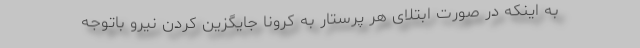
به اینکه در صورت ابتلای هر پرستار به کرونا جایگزین کردن نیرو باتوجه